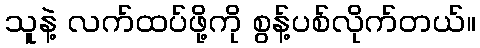
သူနဲ့ လက်ထပ်ဖို့ကို စွန့်ပစ်လိုက်တယ်။